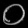
Digit: ၀